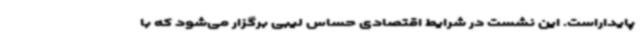
پایداراست. این نشست در شرایط اقتصادی حساس لیبی برگزار می‌شود که با